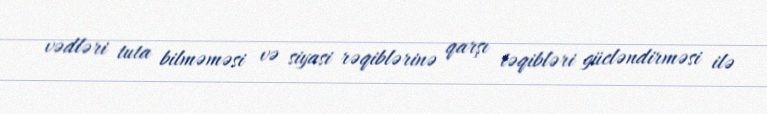
vədləri tuta bilməməsi və siyasi rəqiblərinə qarşı təqibləri gücləndirməsi ilə